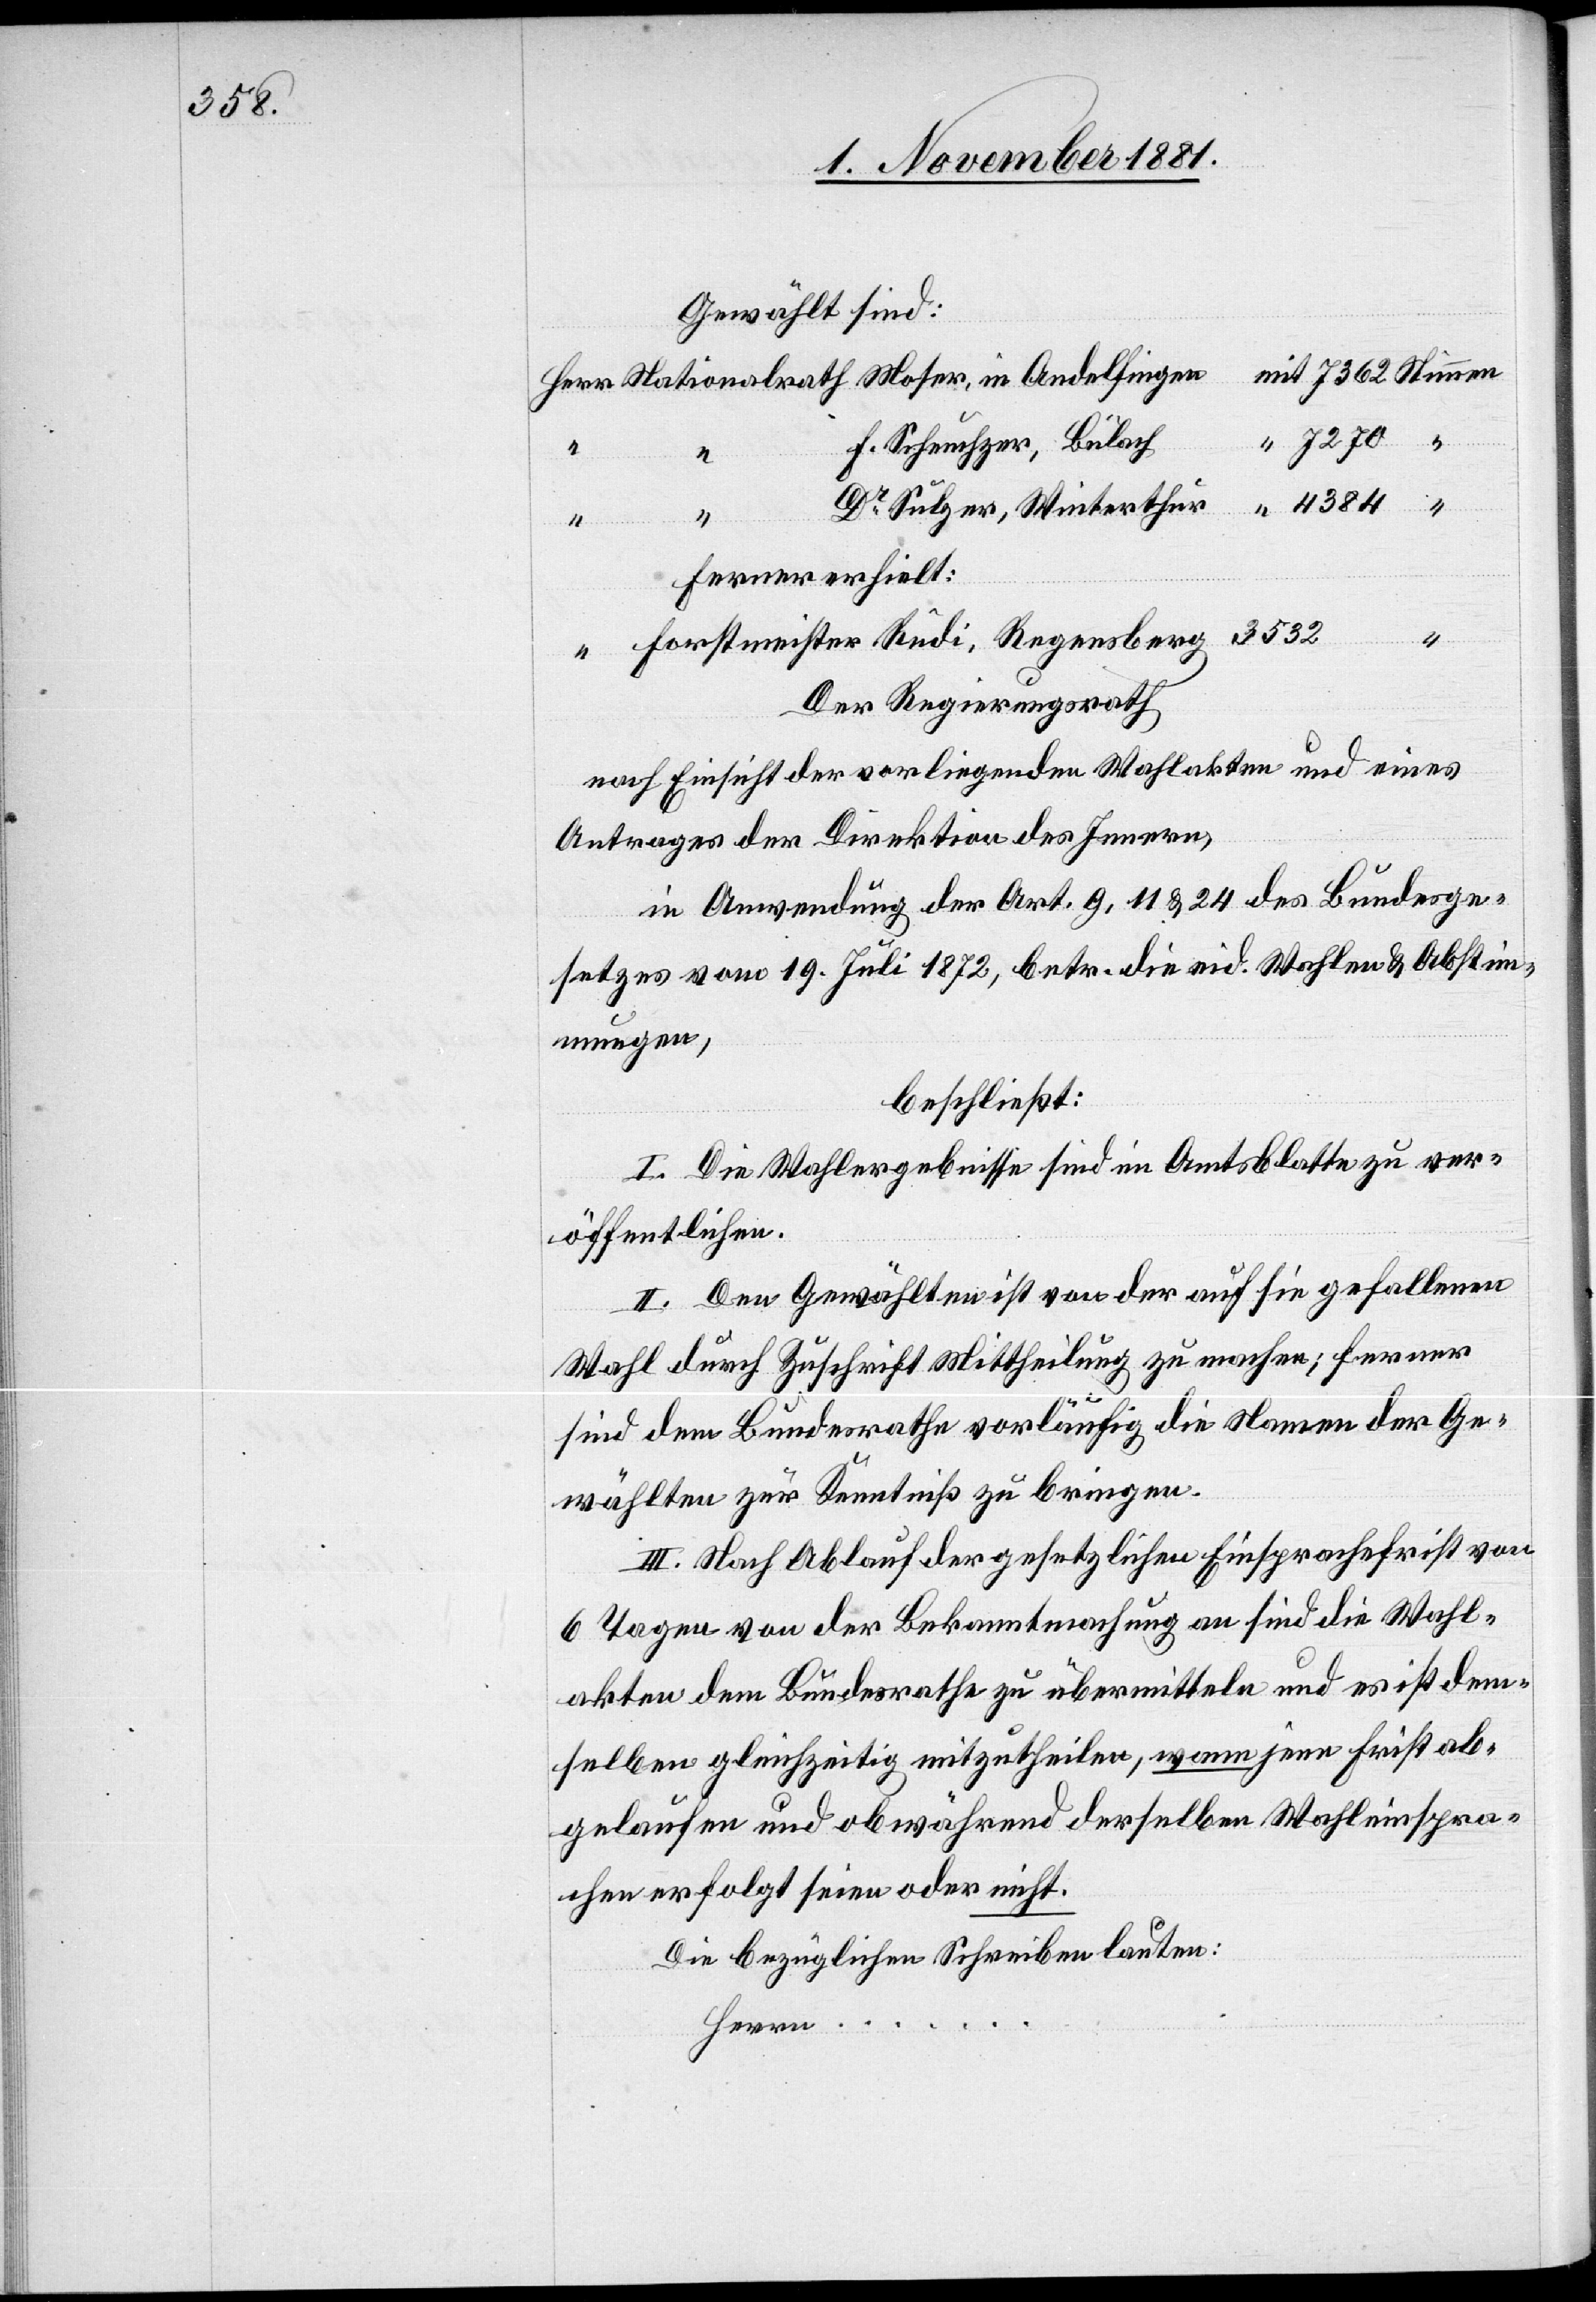
Gewählt sind:
n	mit 7362 Stimmen
Herr Nationalrath Moser, in Andelfinge¬
„Herrn...
“ 7270 “
F. Scheuchzer, Bülach
“ 4384 “
Dr Sulzer, Winterthur
Ferner erhielt:
“ Forstmeister Rudi, Regensberg		3532
Der Regierungsrath
nach Einsicht der vorliegenden Wahlakten und eines
Antrages der Direktion des Innern,
in Anwendung der Art. 9, 11 & 24 des Bundesge¬
setzes vom 19. Juli 1872, betr. die eid. Wahlen & Abstim¬
mungen,
beschließt:
I. Die Wahlergebnisse sind im Amtsblatt zu ver¬
öffentlichen.
II. Den Gewählten ist von der auf sie gefallenen
Wahl durch Zuschrift Mittheilung zu machen; ferner
sind dem Bundesrath vorläufig die Namen der Ge¬
wählten zur Kenntniß zu bringen.
III. Nach Ablauf der gesetzlichen Einsprachefrist von
6 Tagen von der Bekanntmachung an sind die Wahl¬
akten dem Bundesrathe zu übermitteln und es ist dem¬
selben gleichzeitig mitzutheilen, wann jene Frist ab¬
gelaufen und ob während derselben Wahleinspra¬
chen erfolgt seien oder nicht.
Die bezüglichen Schreiben lauten: